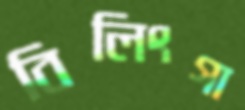
বিলিংগা